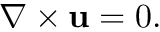
\nabla \times \mathbf { u } = 0 .